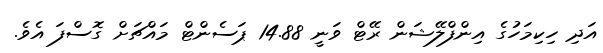
އަދި ހިކިމަހުގެ އިންފްލޭޝަން ރޭޓް ވަނީ 14.88 ޕަސެންޓް މައްޗަށް ގޮސްފަ އެވެ.